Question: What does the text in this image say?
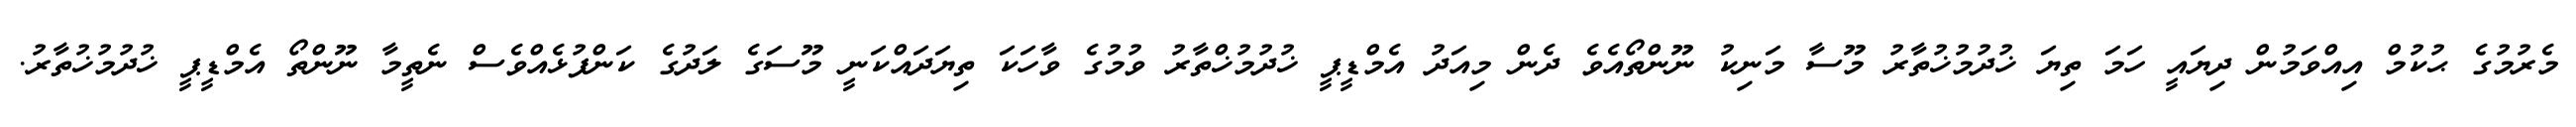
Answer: މެރުމުގެ ޙުކުމް އިއްވަމުން ދިޔައީ ހަމަ ތިޔަ ޚުދުމުޚުތާރު މޫސާ މަނިކު ނޫންތޯއެވެ ދެން މިއަދު އެމްޑީޕީ ޚުދުމުޚްތާރު ވުމުގެ ވާހަކަ ތިޔަދައްކަނީ މޫސަގެ ލަދުގެ ކަންފުޅެއްވެސް ނެތީމާ ނޫންތޯ އެމްޑީޕީ ޚުދުމުޚުތާރު.